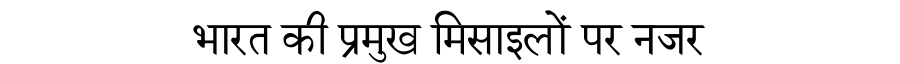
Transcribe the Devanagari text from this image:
भारत की प्रमुख मिसाइलों पर नजर